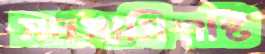
সদস্যসিশষ্টি